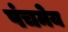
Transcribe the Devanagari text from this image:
पंचमेय